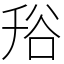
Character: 谸